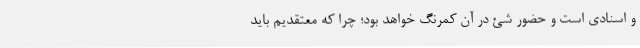
و اسنادی است و حضور شئ در آن کمرنگ خواهد بود؛ چرا که معتقدیم باید